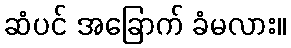
ဆံပင် အခြောက် ခံမလား။